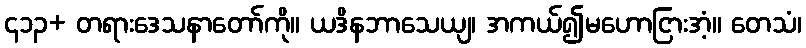
၄၁၃+ တရားဒေသနာတော်ကို။ ယဒိနဘာသေယျ၊ အကယ်၍မဟောငြားအံ့။ တေသံ၊